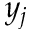
y _ { j }